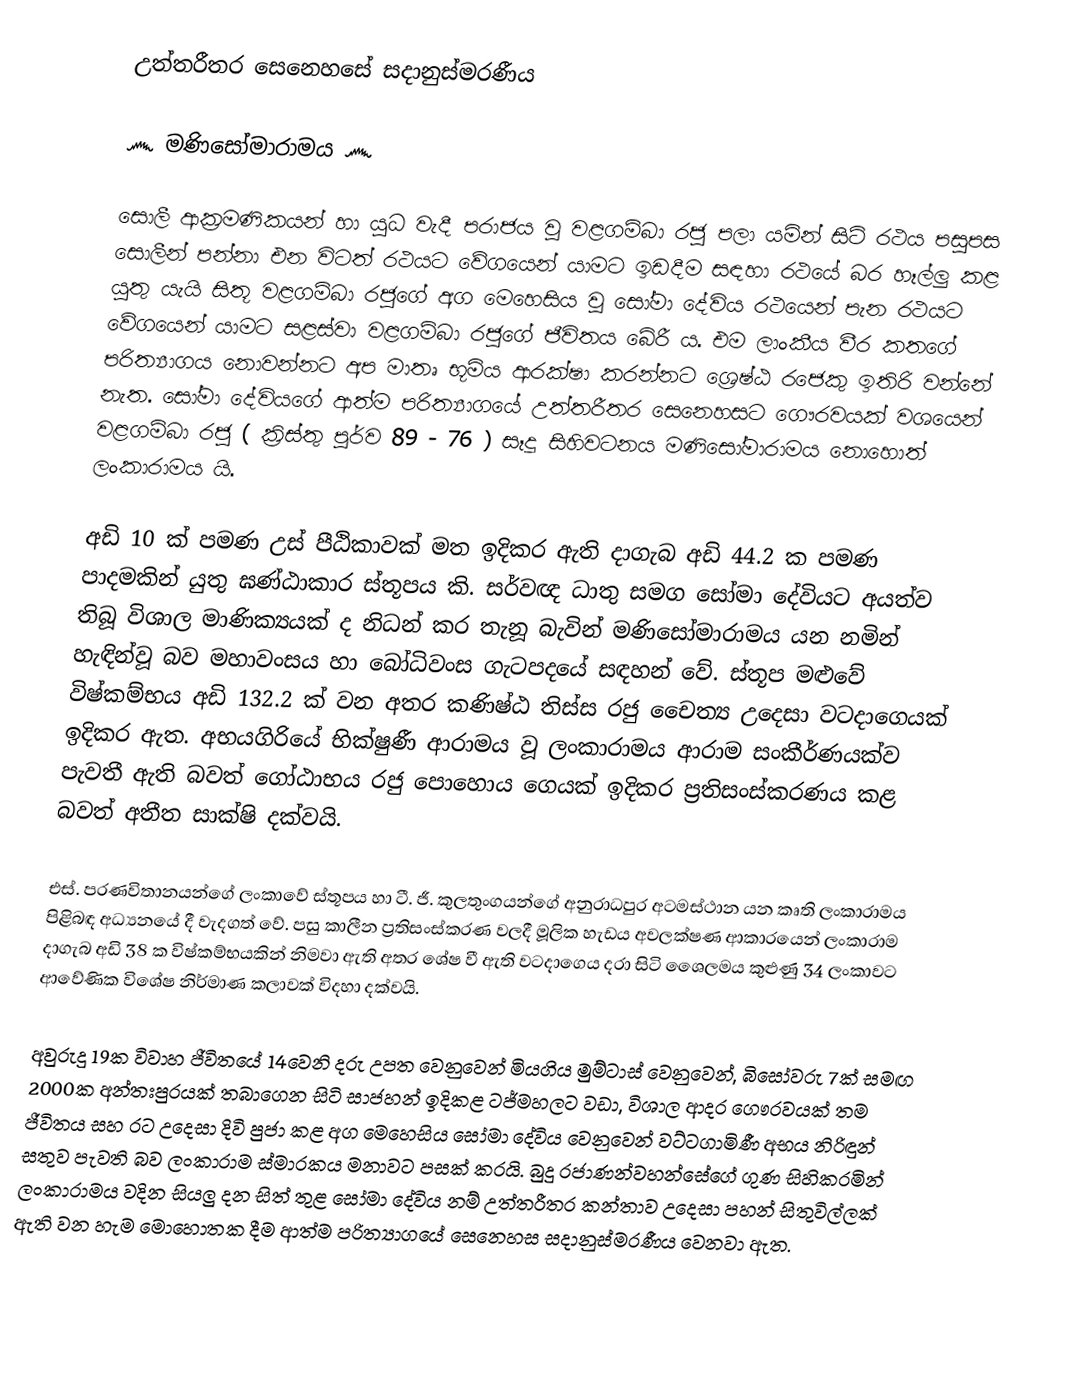
උත්තරීතර සෙනෙහසේ සදානුස්මරණීය

      ෴ මණිසෝමාරාමය ෴

   සොලී ආක්‍රමණිකයන් හා යුධ වැදී පරාජය වූ වළගම්බා රජු පලා යමින් සිටි රථය පසුපස සොලීන් පන්නා එන විටත් රථයට වේගයෙන් යාමට ඉඩදීම සඳහා රථයේ බර හෑල්ලු කළ යුතු යැයි සිතූ වළගම්බා රජුගේ අග මෙහෙසිය වූ සෝමා දේවිය රථයෙන් පැන රථයට වේගයෙන් යාමට සළස්වා වළගම්බා රජුගේ ජීවිතය බේරී ය. එම ලාංකීය වීර කතගේ පරිත්‍යාගය නොවන්නට අප මාතෘ භූමිය ආරක්ෂා කරන්නට ශ්‍රෙෂ්ඨ රජෙකු ඉතිරි වන්නේ නැත. සෝමා දේවියගේ ආත්ම පරිත්‍යාගයේ උත්තරීතර සෙනෙහසට ගෞරවයක් වශයෙන් වළගම්බා රජු ( ක්‍රිස්තු පූර්ව 89 - 76 ) සෑදූ සිහිවටනය මණිසෝමාරාමය නොහොත් ලංකාරාමය යි.

   අඩි 10 ක් පමණ උස් පීඨිකාවක් මත ඉදිකර ඇති දාගැබ අඩි 44.2 ක පමණ පාදමකින් යුතු ඝණ්ඨාකාර ස්තූපය කි. සර්වඥ ධාතු සමග සෝමා දේවියට අයත්ව තිබූ විශාල මාණික්‍යයක් ද නිධන් කර තැනූ බැවින් මණිසෝමාරාමය යන නමින් හැඳින්වූ බව මහාවංසය හා බෝධිවංස ගැටපදයේ සඳහන් වේ. ස්තූප මළුවේ විෂ්කම්භය අඩි 132.2 ක් වන අතර කණිෂ්ඨ තිස්ස රජු චෛත්‍ය උදෙසා වටදාගෙයක් ඉදිකර ඇත. අභයගිරියේ භික්ෂුණී ආරාමය වූ ලංකාරාමය ආරාම සංකීර්ණයක්ව පැවතී ඇති බවත් ගෝඨාභය රජු පොහොය ගෙයක් ඉදිකර ප්‍රතිසංස්කරණය කළ බවත් අතීත සාක්ෂි දක්වයි.

   එස්. පරණවිතානයන්ගේ ලංකාවේ ස්තූපය හා ටී. ජී. කුලතුංගයන්ගේ අනුරාධපුර අටමස්ථාන යන කෘති ලංකාරාමය පිළිබඳ අධ්‍යනයේ දී වැදගත් වේ. පසු කාලීන ප්‍රතිසංස්කරණ වලදී මූලික හැඩය අවලක්ෂණ ආකාරයෙන් ලංකාරාම දාගැබ අඩි 38 ක විෂ්කම්භයකින් නිමවා ඇති අතර ශේෂ වී ඇති වටදාගෙය දරා සිටි ශෛලමය කුළුණු 34 ලංකාවට ආවේණික විශේෂ නිර්මාණ කලාවක් විදහා දක්වයි.

   අවුරුදු 19ක විවාහ ජීවිතයේ 14වෙනි දරු උපත වෙනුවෙන් මියගිය මුම්ටාස් වෙනුවෙන්, බිසෝවරු 7ක් සමඟ 2000ක අන්තඃපුරයක් තබාගෙන සිටි සාජහන් ඉදිකළ ටජ්මහලට වඩා, විශාල ආදර ගෞරවයක් තම ජීවිතය සහ රට උදෙසා දිවි පුජා කළ අග මෙහෙසිය සෝමා දේවිය වෙනුවෙන් වට්ටගාමිණී අභය නිරිඳුන් සතුව පැවති බව ලංකාරාම ස්මාරකය මනාවට පසක් කරයි. බුදු රජාණන්වහන්සේගේ ගුණ සිහිකරමින් ලංකාරාමය වදින සියලු දන සිත් තුළ සෝමා දේවිය නම් උත්තරීතර කන්තාව උදෙසා පහන් සිතුවිල්ලක් ඇති වන හැම මොහොතක දීම ආත්ම පරිත්‍යාගයේ සෙනෙහස සදානුස්මරණීය වෙනවා ඇත.